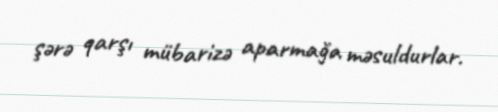
şərə qarşı mübarizə aparmağa məsuldurlar.